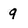
Character: g